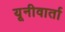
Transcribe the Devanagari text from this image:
यूनीवार्ता